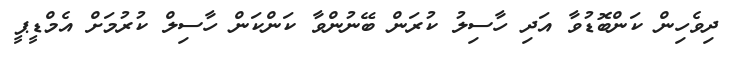
ދިވެހިން ކަންބޮޑުވާ އަދި ހާސިލު ކުރަން ބޭނުންވާ ކަންކަން ހާސިލް ކުރުމަށް އެމްޑީޕީ